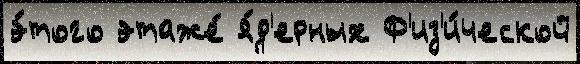
э́того этаже́ я́д'ерных Ф'из'и́ческой